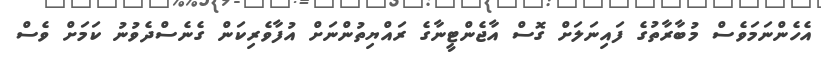
އެހެންނަމަވެސް މުބާރާތުގެ ފައިނަލަށް ގޮސް އާޖެންޓީނާގެ ރައްޔިތުންނަށް އުފާވެރިކަން ގެނެސްދެވުނު ކަމަށް ވެސް